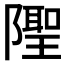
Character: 𨼳